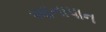
આનાપાન